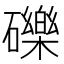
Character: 礫